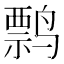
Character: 𬸤